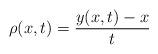
LaTeX: \begin{align*}\rho(x,t)=\frac{y(x,t)-x}{t}\end{align*}